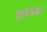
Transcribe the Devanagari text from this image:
एतच्च